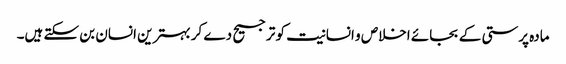
مادہ پرستی کے بجائے اخلاص و انسانیت کو ترجیح دے کر بہترین انسان بن سکتے ہیں۔